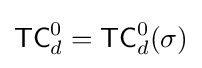
{\mathsf {TC}}_{d}^{0}={\mathsf {TC}}_{d}^{0}(\sigma )